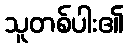
သူတစ်ပါး၏